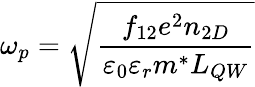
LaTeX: \omega_{p}=\sqrt{\frac{f_{12}e^{2}n_{2D}}{\varepsilon_{0}\varepsilon_{r}m^{*}L_{QW}}}